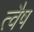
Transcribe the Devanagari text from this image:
त्वैष